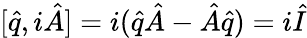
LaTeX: [\hat{q},i\hat{A}]=i(\hat{q}\hat{A}-\hat{A}\hat{q})=i\hat{I}